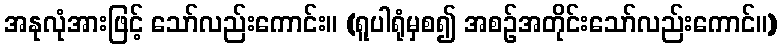
အနုလုံအားဖြင့် သော်လည်းကောင်း။ (ရူပါရုံမှစ၍ အစဉ်အတိုင်းသော်လည်းကောင်။)